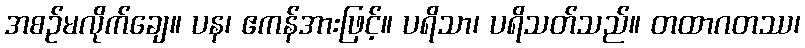
အစဉ်မလိုက်ချေ။ ပန၊ ဧကန်အားဖြင့်။ ပရိသာ၊ ပရိသတ်သည်။ တထာဂတဿ၊